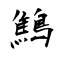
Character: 鷦